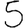
Digit: 5